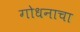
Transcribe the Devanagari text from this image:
गोधनाचा